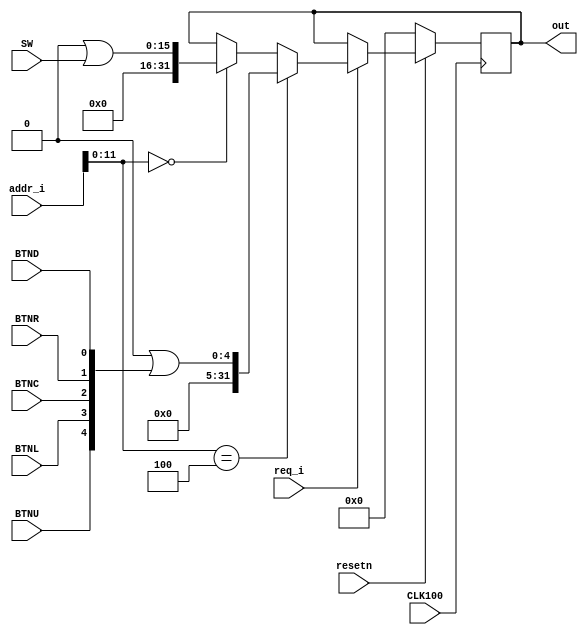
`timescale 1ns / 1ps

module regs_sw(
    input req_i, CLK100, resetn,
    input [31:0] addr_i,
    input [15:0] SW,
    input BTNU, BTNL, BTNC, BTNR, BTND,
    output reg [31:0] out
    );
  `define addr_sw  12'h000 //  
  `define addr_btn 12'h004 //  
  
  always @(posedge CLK100) begin
    if(!resetn) 
      out <= 'b0;
    else begin
      if(req_i) begin
        if(addr_i[11:0] == `addr_sw)
          out <= 'b0 | SW;
        if(addr_i[11:0] == `addr_btn)
          out <= 'b0 | {BTNU, BTNL, BTNC, BTNR, BTND};
      end
    end
  end
endmodule